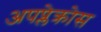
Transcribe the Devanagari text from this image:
अपप्लेक्रोस